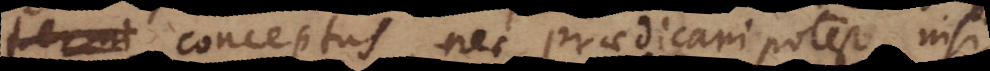
conceptus, nec praedicari potest nisi